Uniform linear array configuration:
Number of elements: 4
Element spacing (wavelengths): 0.5
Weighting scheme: kaiser
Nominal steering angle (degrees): -15
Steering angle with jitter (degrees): -16.775
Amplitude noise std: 0.05
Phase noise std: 0.05

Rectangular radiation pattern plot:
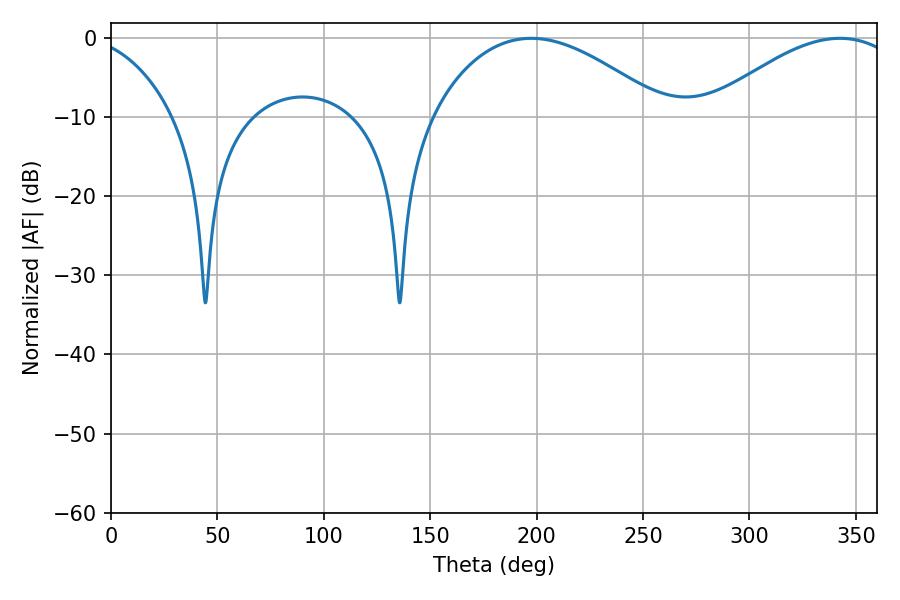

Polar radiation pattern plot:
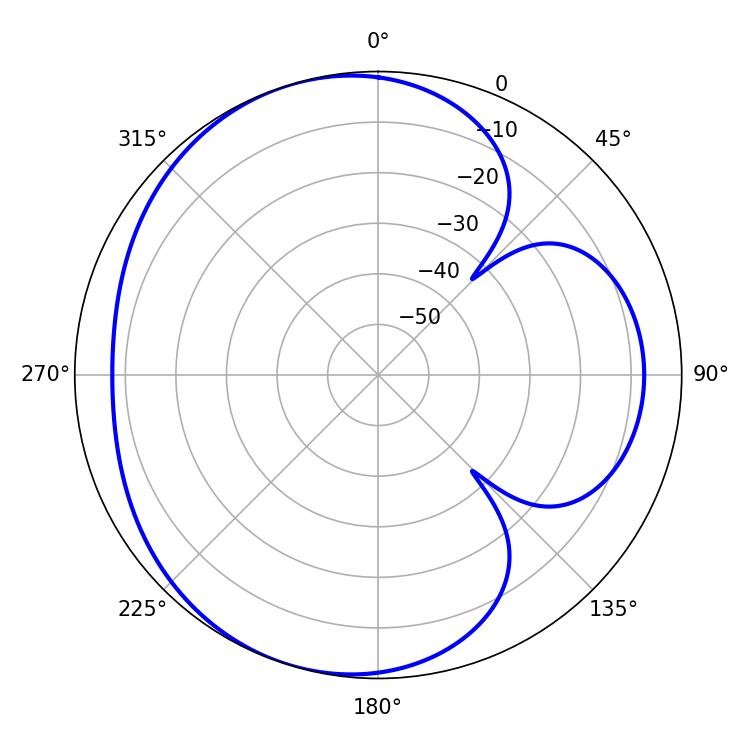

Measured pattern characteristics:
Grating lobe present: FALSE
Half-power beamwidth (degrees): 60.66
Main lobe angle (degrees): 197.46